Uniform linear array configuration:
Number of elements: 8
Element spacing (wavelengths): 0.75
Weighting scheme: binomial
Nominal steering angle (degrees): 30
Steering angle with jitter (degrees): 30.065
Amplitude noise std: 0.05
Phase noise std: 0.05

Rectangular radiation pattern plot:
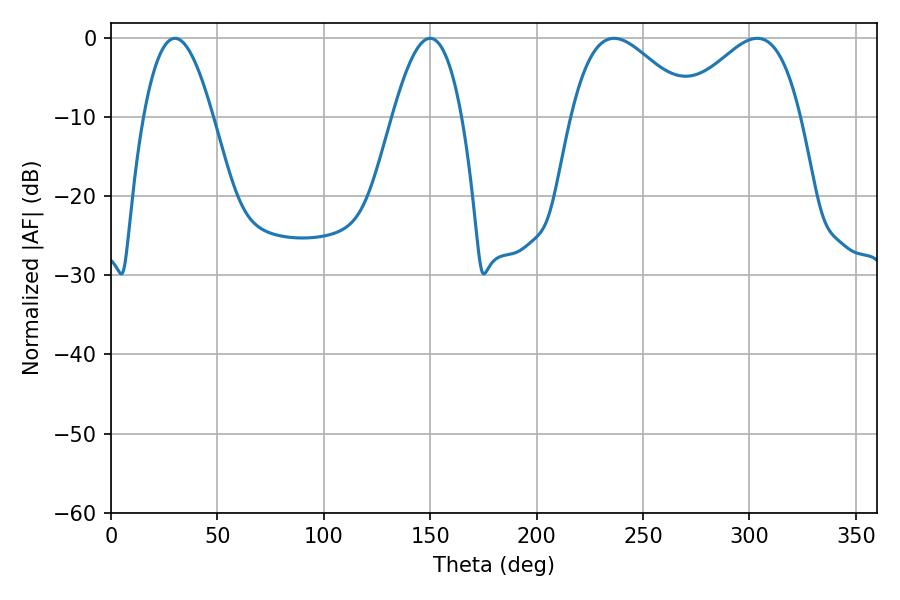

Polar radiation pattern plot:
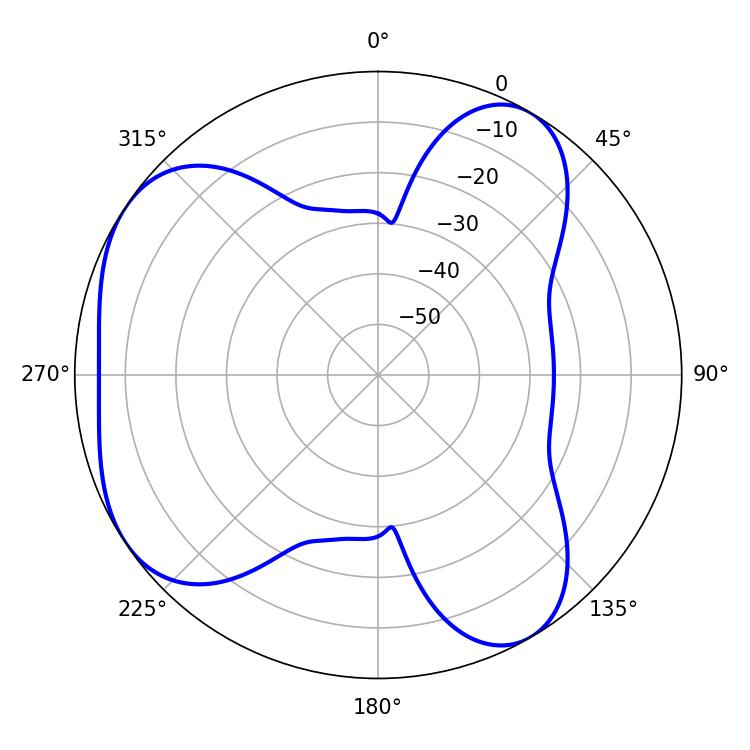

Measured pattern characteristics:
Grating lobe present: TRUE
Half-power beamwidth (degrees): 17.82
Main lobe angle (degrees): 30.06